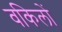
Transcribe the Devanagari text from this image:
वकिलों